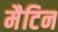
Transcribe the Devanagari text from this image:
मैटिन